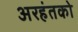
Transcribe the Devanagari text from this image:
अरहंतको